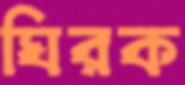
ঘিরক